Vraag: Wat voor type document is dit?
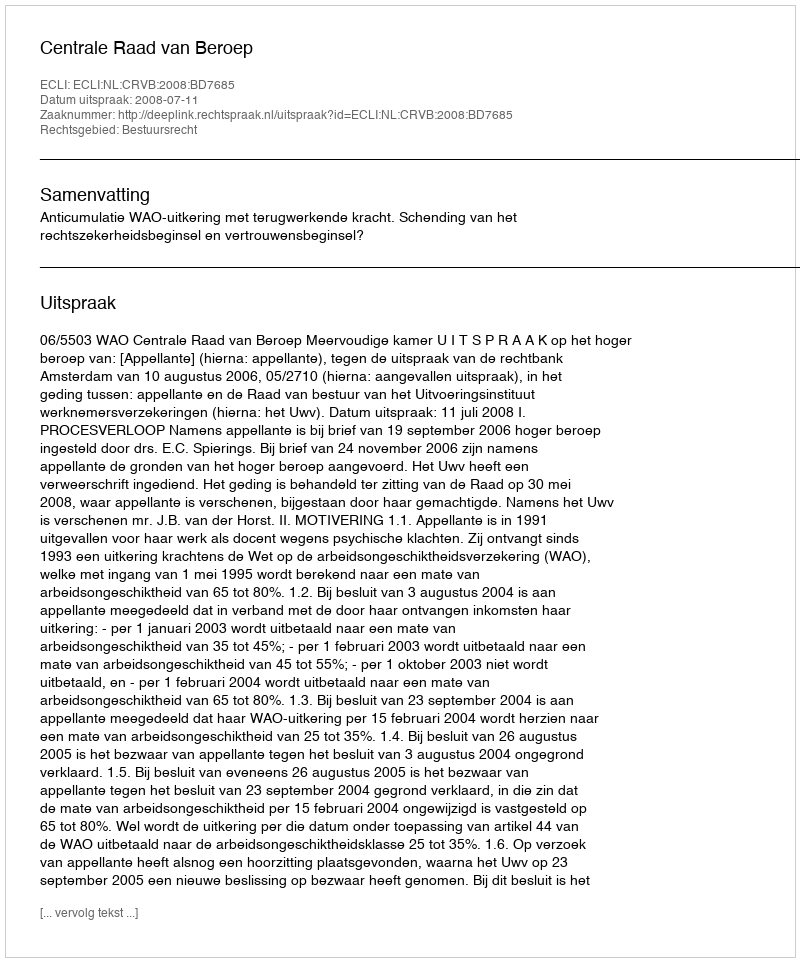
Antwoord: Uitspraak